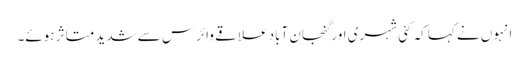
انہوں نے کہا کہ کئی شہری اور گنجان آباد علاقے وائرس سے شدید متاثر ہوئے۔